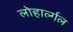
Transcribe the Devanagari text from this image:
लोहार्ल्गल